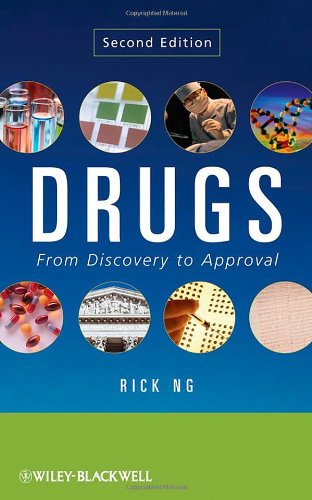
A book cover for Drugs: From Discovery to Approval; Rick Ng; Medical Books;